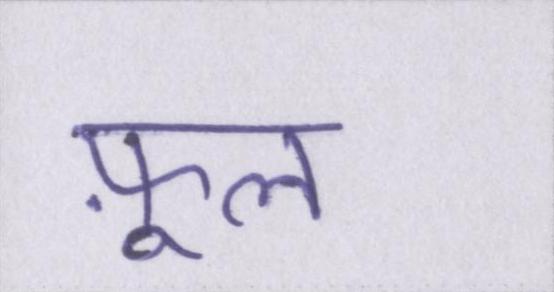
फ़ूल